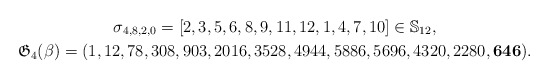
\begin{gather*}\sigma_{4,8,2,0}= [2,3,5,6,8,9,11,12,1,4,7,10] \in\mathbb{S}_{12},\\\mathfrak{G}_{4}(\beta)= (1,12,78,308,903,2016,3528,4944,5886,5696,4320,2280,{\bf 646}).\end{gather*}